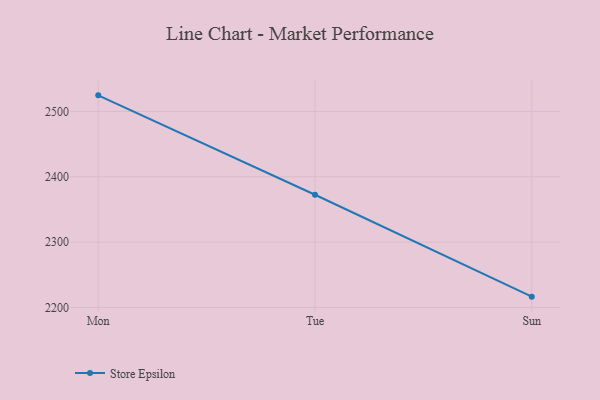
{"axis": {"x": "Day", "y": "Tickets Resolved"}, "legend": ["Store Epsilon"], "data": [{"x": "Mon", "y": 2524.7, "type": "Store Epsilon"}, {"x": "Tue", "y": 2372.5, "type": "Store Epsilon"}, {"x": "Sun", "y": 2216.5, "type": "Store Epsilon"}]}